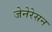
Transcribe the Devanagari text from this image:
जेनेरेसन